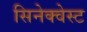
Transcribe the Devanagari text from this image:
सिनेक्वेस्ट